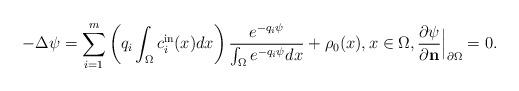
LaTeX: \begin{align*}-\Delta \psi=\sum_{i=1}^m \left(q_i\int_{\Omega}c^{\rm in}_i(x)dx\right)\frac{e^{-q_i\psi}}{\int_{\Omega} e^{-q_i\psi} dx} +\rho_0(x), x\in \Omega, \frac{\partial \psi}{\partial \textbf{n}}\Big|_{\partial \Omega} =0.\end{align*}